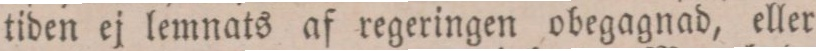
tiden ej lemnats af regeringen obegagnad, eller